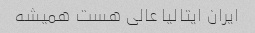
ایران ایتالیا عالی هست همیشه